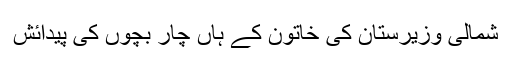
شمالی وزیرستان کی خاتون کے ہاں چار بچوں کی پیدائش